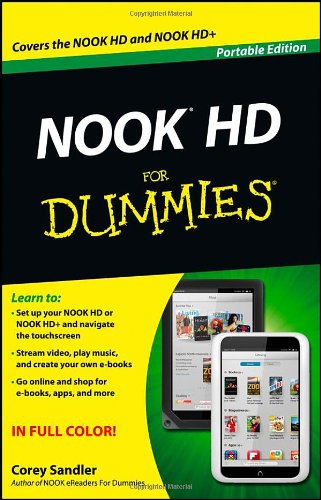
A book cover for NOOK HD For Dummies, Portable Edition; Corey Sandler; Computers & Technology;